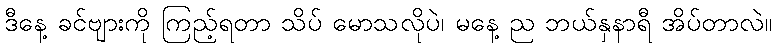
ဒီနေ့ ခင်ဗျားကို ကြည့်ရတာ သိပ် မောသလိုပဲ၊ မနေ့ ည ဘယ်နှနာရီ အိပ်တာလဲ။